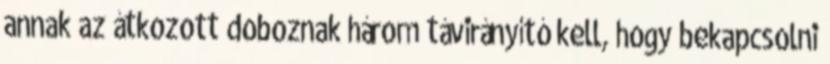
annak az átkozott doboznak három távirányító kell, hogy bekapcsolni